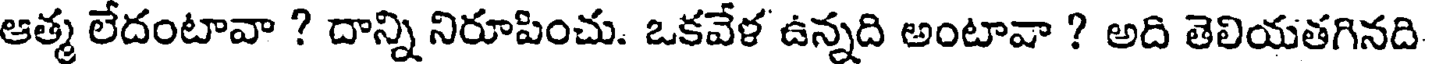
ఆత్మ లేదంటావా ? దాన్ని నిరూపించు. ఒకవేళ ఉన్నది అంటావా ? అది తెలియతగినది